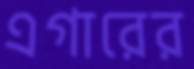
এগারের